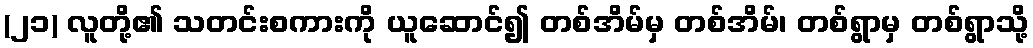
(၂၁) လူတို့၏ သတင်းစကားကို ယူဆောင်၍ တစ်အိမ်မှ တစ်အိမ်၊ တစ်ရွာမှ တစ်ရွာသို့